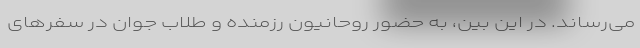
می‌رساند. در این بین، به حضور روحانیون رزمنده و طلاب جوان در سفرهای